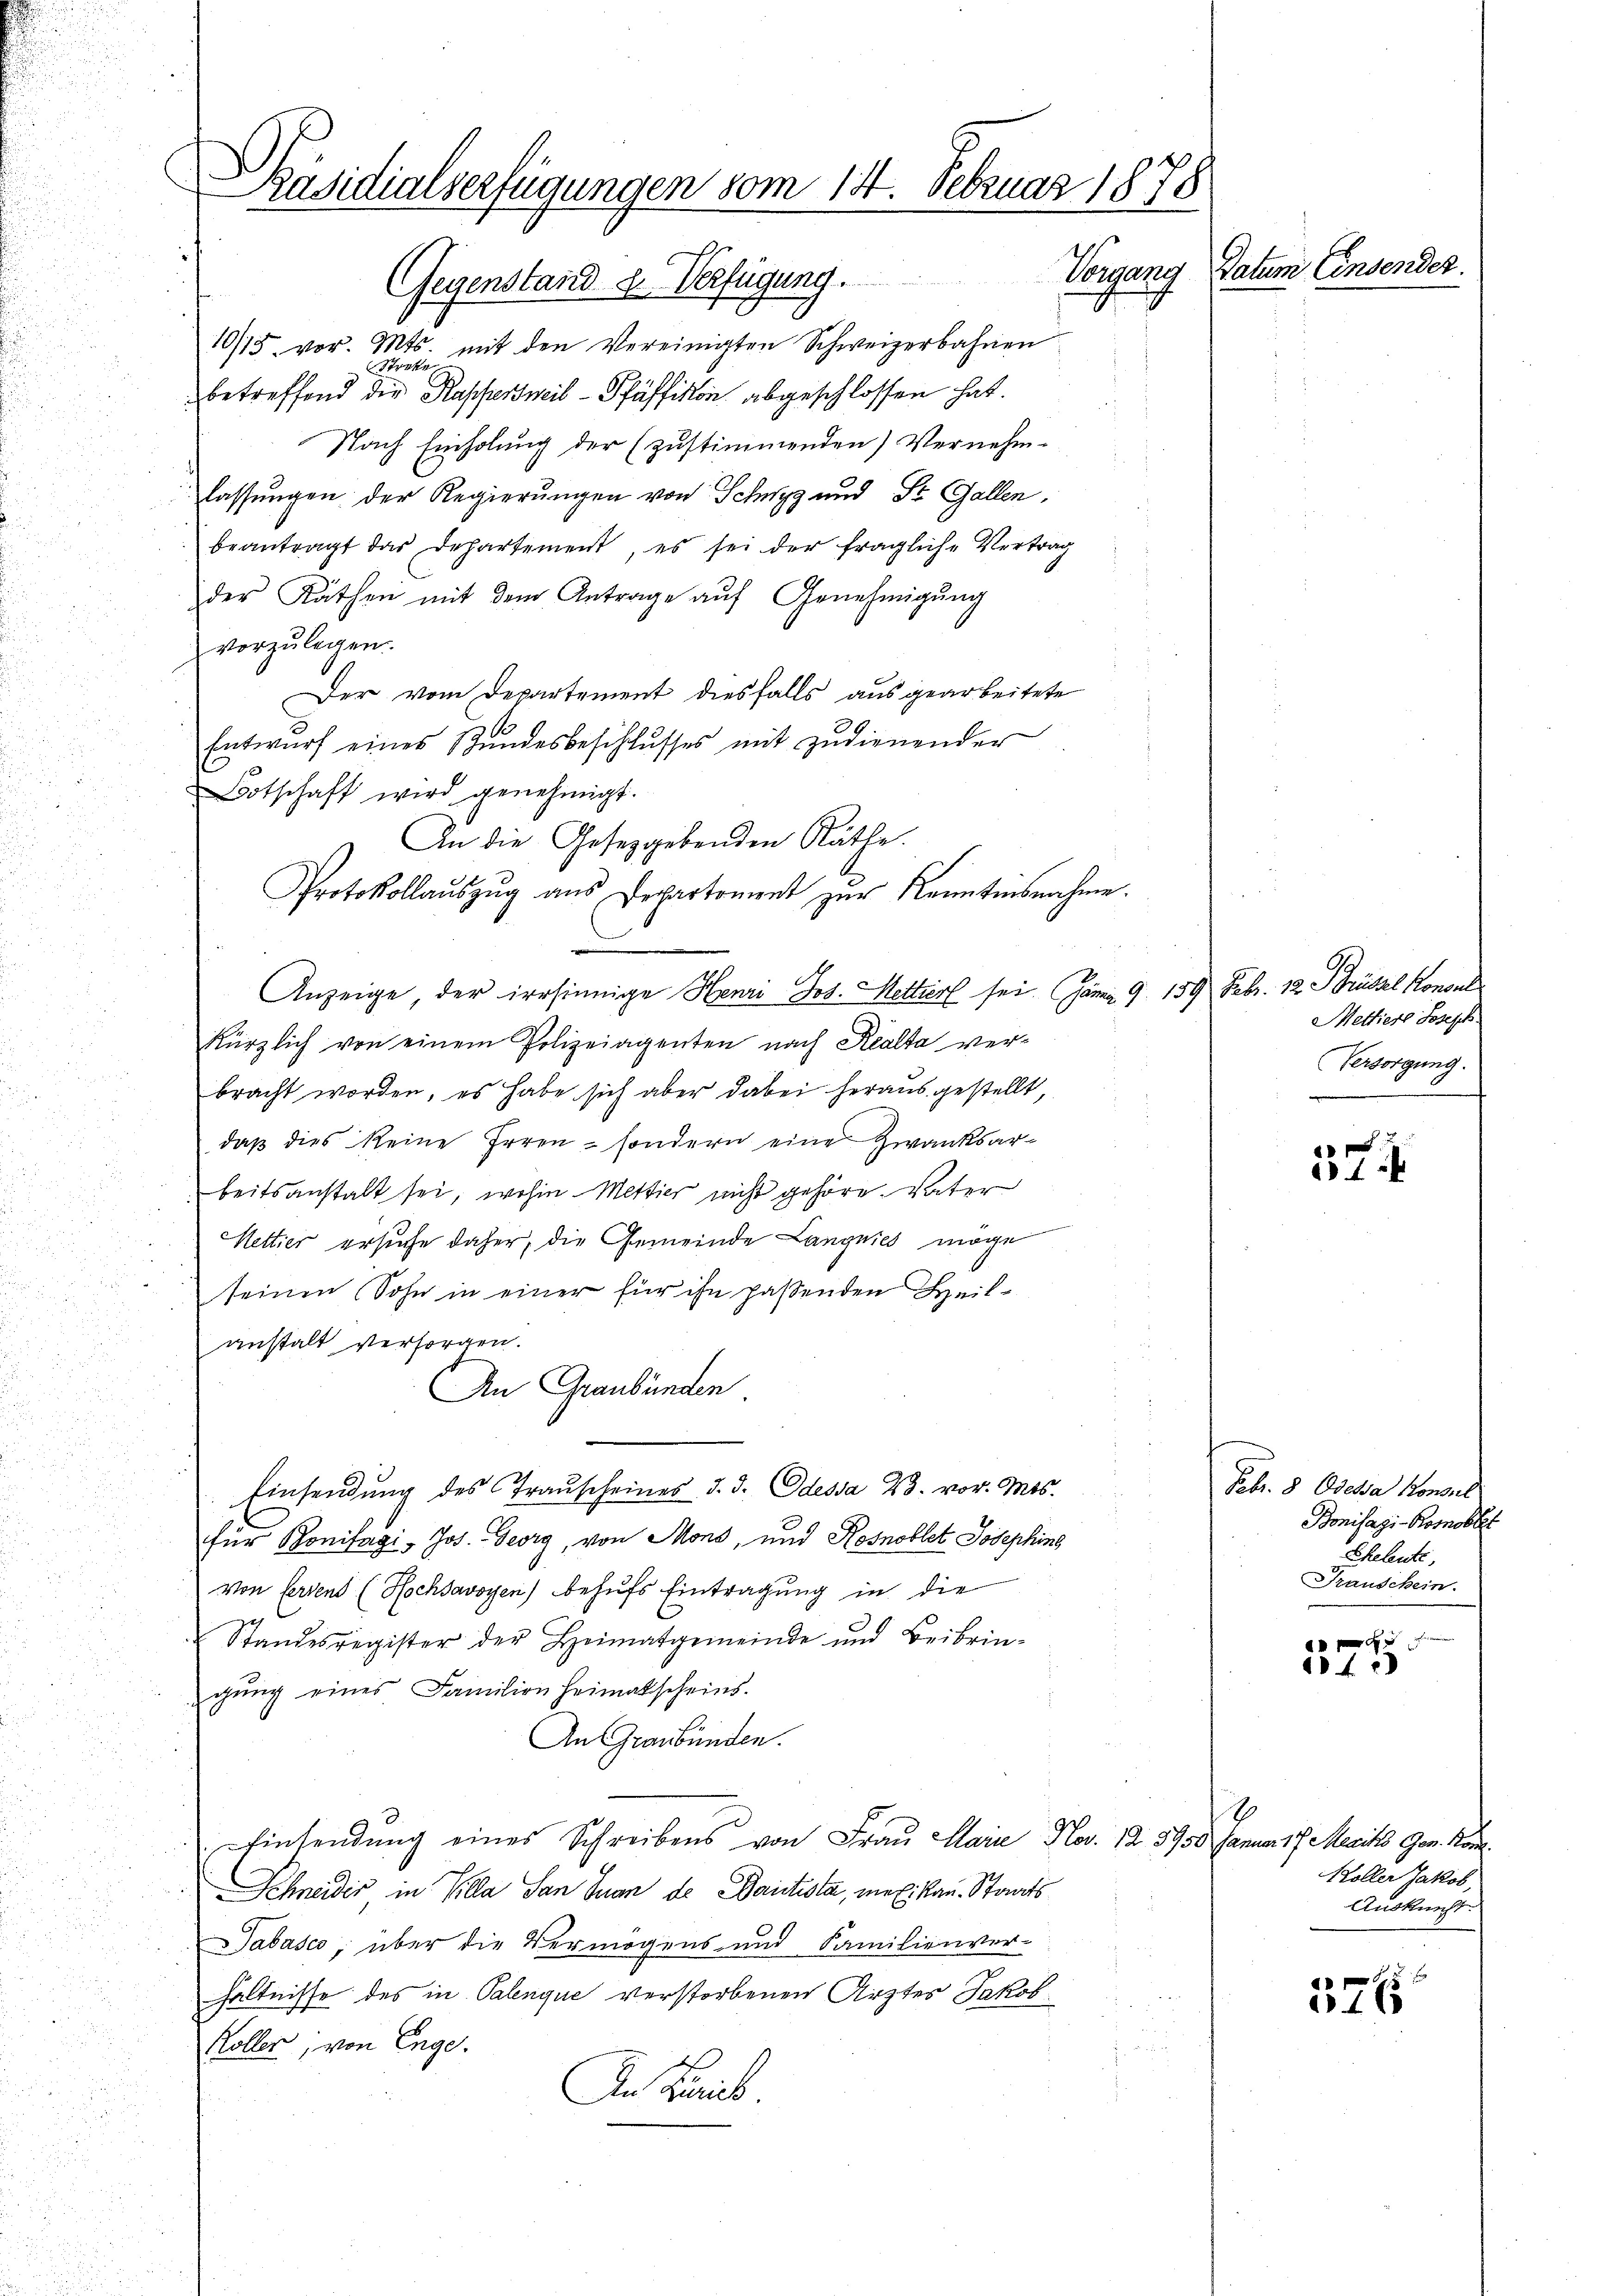
i

Päsidialserfügungen vom 14. Februar 1878
Datum Einsender.
Pregung
Gegenstand u. Verfügung.

10/15 vor. Mts. mit den Vereinigten Schweizerbahnen
Strete
betreffend die Kappersweil - Pfäffikon abgeschlossen hat.
Nach Einholung der (zustimmenden) Vernehm-
lassungen der Regierungen von Schwyz und St. Gallen,
beantragt das Departement, es sei der fragliche Vertrag
der Räthen mit dem Antrage aŭf Genehmigŭng
vorzulegen.
Der vom Departement diesfalls ausgearbeitete
Entwurf eines Bundesbeschlusses mit zudienender
otschaft wird genehmigt.
An die Gesetzgebenden Räthe.
Protokollauszug aus Departoment zur Kenntnisnahme.
Anzeige, der irrsinnige Henri Jos. Metters sei am 9. 159 Febr. 12. Brüssel Konsul
kürzlich von einem Polizeiagenten nach Realta ver-
bracht worden, es habe sich aber dabei heraus gestellt,
daß dies keine Irren - sondern eine Zwanksarbeitsanstalt sei, wohin Mettier nicht gehöre. Vater
Nettier ersuche daher, die Gemeinde Langnies möge
seinen Sohn in einer für ihn fassenden Heilanstalt versorgen.
An Graubünden
Einsendung des Transcheines d. d. Odessa W. vor. Mts.
für Bonifagi, Jos. Georg, von Mons, und Kosnoblet Josephine
von Fersend (Hochsavoyen) behufs Eintragung in die
Standesregister der Heimatgemeinde und Beibrin-
gŭng eines Familien heimatscheins.
An Graubünden.
Einsendung eines Schreibens von Frau Claire Nov. 12. 8950. Januar 17 Mait Gen. Kan¬
Schneider in Villa San Juan de Dantista, mexikan. Staats¬
Tabasco, über die Vermögens- und Familienver-
hältnisse des in Palenque verstorbenen Ärztes Jakob
.
Koller, von Enge.
An Frau

Mettiers Joseph
Versorgung.

.
31

Febr. 8 Odeha Konsul
Bonifazi-Korobler
Eheleute,
Transchein.

A
1f

.
Koller Jakob,
Auskunft.

576